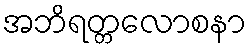
အဘိရတ္တလောစနာ